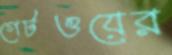
গেটওয়ের